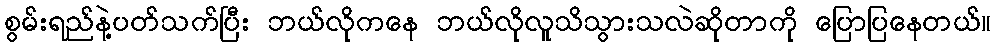
စွမ်းရည်နဲ့ပတ်သက်ပြီး ဘယ်လိုကနေ ဘယ်လိုလူသိသွားသလဲဆိုတာကို ပြောပြနေတယ်။